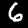
Digit: 6